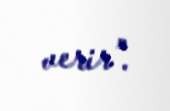
verir”.